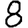
Digit: 8